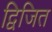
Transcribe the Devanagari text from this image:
द्विजित